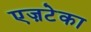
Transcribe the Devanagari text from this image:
एज़टेका